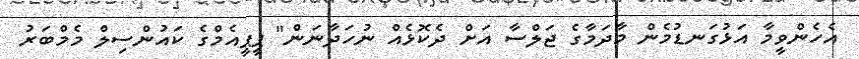
އެހެންވީމާ އަޅުގަނޑުމެން މާދަމާގެ ޖަލްސާ އަށް ދެކޮޅެއް ނުހަދާނަން" ޕީޕީއެމްގެ ކައުންސިލް މެމްބަރު